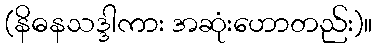
(နိဓနသဒ္ဒါကား အဆုံးဟောတည်း)။